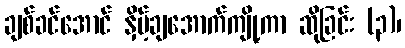
ချစ်ခင်အောင် နှိမ့်ချအောက်ကျို့ကာ ဆိုခြင်း (၃)၊